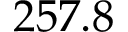
2 5 7 . 8